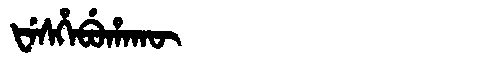
Manchu: ᡶᡝᠰᡥᡝᠪᡠᡥᠠᡴᡡ
Romanization: FESHEBUHAKŪ